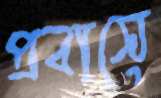
প্রবাসে